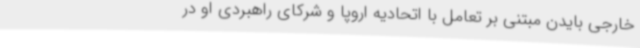
خارجی بایدن مبتنی بر تعامل با اتحادیه اروپا و شرکای راهبردی او در